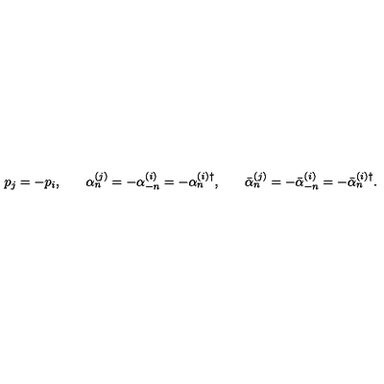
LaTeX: \begin{array} { c c c c c } { p _ { j } = - p _ { i } , } & { } & { \alpha _ { n } ^ { ( j ) } = - \alpha _ { - n } ^ { ( i ) } = - \alpha _ { n } ^ { ( i ) \dagger } , } & { } & { \bar { \alpha } _ { n } ^ { ( j ) } = - \bar { \alpha } _ { - n } ^ { ( i ) } = - \bar { \alpha } _ { n } ^ { ( i ) \dagger } . } \\ \end{array}